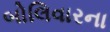
બોલિવારના